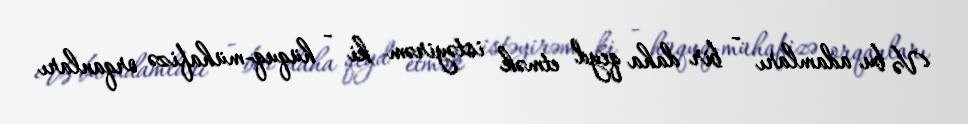
Və bu adamları - bir daha qeyd etmək istəyirəm ki - hüquq-mühafizə orqanları